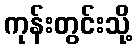
ကုန်းတွင်းသို့